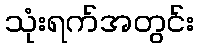
သုံးရက်အတွင်း